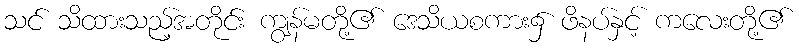
သင် သိထားသည့်အတိုင်း ကျွန်မတို့၏ ဒေသိယစကား၌ ဖိနပ်နှင့် ကလေးတို့၏